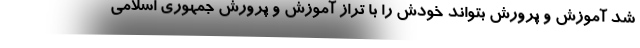
شد آموزش و پرورش بتواند خودش را با تراز آموزش و پرورش جمهوری اسلامی